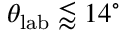
\theta _ { \mathrm { { l a b } } } \lessapprox 1 4 ^ { \circ }